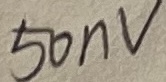
Text: 50nV